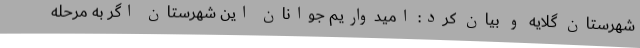
شهرستان گلایه و بیان کرد: امیدواریم جوانان این شهرستان اگر به مرحله